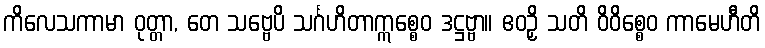
ကိလေသကာမာ ဝုတ္တာ, တေ သဗ္ဗေပိ သင်္ဂဟိတာဣစ္စေဝ ဒဋ္ဌဗ္ဗာ။ ဧဝဉှိ သတိ ဝိဝိစ္စေဝ ကာမေဟီတိ